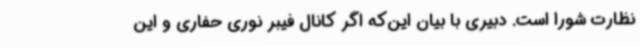
نظارت شورا است. دبیری با بیان این‌که اگر کانال فیبر نوری حفاری و این